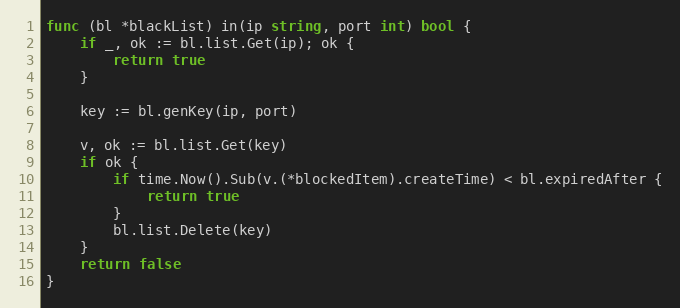
Language: Go
func (bl *blackList) in(ip string, port int) bool {
	if _, ok := bl.list.Get(ip); ok {
		return true
	}

	key := bl.genKey(ip, port)

	v, ok := bl.list.Get(key)
	if ok {
		if time.Now().Sub(v.(*blockedItem).createTime) < bl.expiredAfter {
			return true
		}
		bl.list.Delete(key)
	}
	return false
}